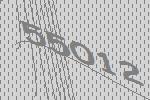
55012